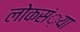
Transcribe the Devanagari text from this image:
लोकसं़या